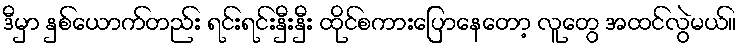
ဒီမှာ နှစ်ယောက်တည်း ရင်းရင်းနှီးနှီး ထိုင်စကားပြောနေတော့ လူတွေ အထင်လွဲမယ်။